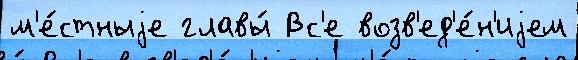
м'е́стныjе главы́ Вс'е возв'ед'е́н'иjем